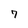
Character: 7